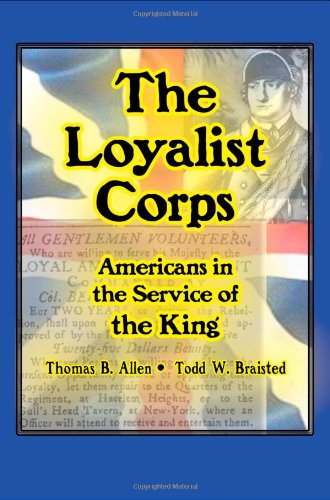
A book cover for The Loyalist Corps: Americans in Service to the King; Thomas B. Allen; History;